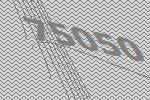
75050